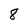
Character: 8